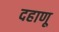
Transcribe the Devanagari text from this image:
दहाणू